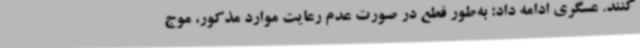
کنند. عسگری ادامه داد: به‌طور قطع در صورت عدم رعایت موارد مذکور، موج